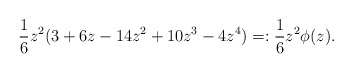
\begin{align*}\frac{1}{6} z^2 (3+ 6z-14z^2+10z^3-4 z^4)=:\frac{1}{6} z^2 \phi(z).\end{align*}